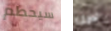
سيحطم لدينا